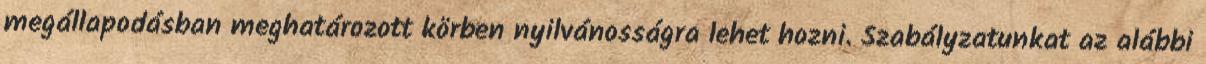
megállapodásban meghatározott körben nyilvánosságra lehet hozni. Szabályzatunkat az alábbi